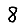
Digit: 8